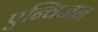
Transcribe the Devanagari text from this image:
एन्विजन